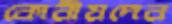
কোরীয়দের